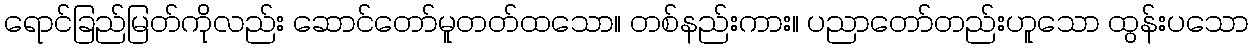
ရောင်ခြည်မြတ်ကိုလည်း ဆောင်တော်မူတတ်ထသော။ တစ်နည်းကား။ ပညာတော်တည်းဟူသော ထွန်းပသော